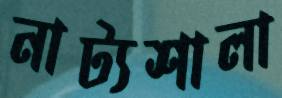
নাট্যশালা